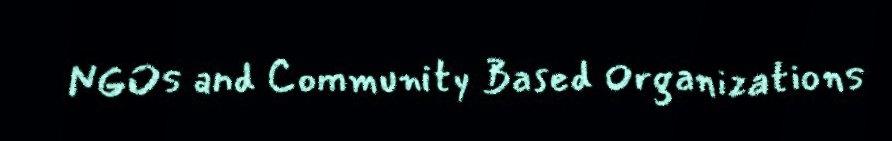
NGOs and Community Based Organizations